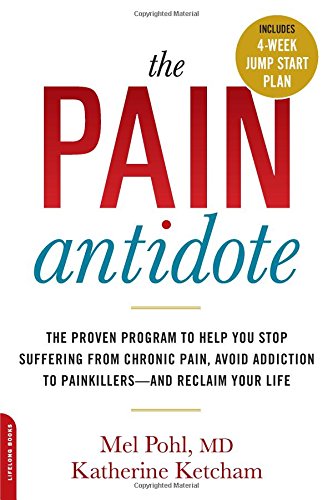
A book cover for The Pain Antidote: The Proven Program to Help You Stop Suffering from Chronic Pain, Avoid Addiction to Painkillers--and Reclaim Your Life; Mel Pohl; Health, Fitness & Dieting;